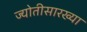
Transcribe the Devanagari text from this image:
ज्योतीसारख्या